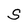
Character: S